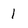
Character: 1